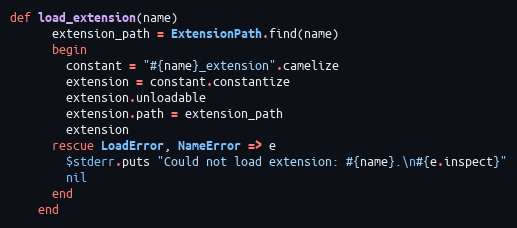
Language: Ruby
def load_extension(name)
      extension_path = ExtensionPath.find(name)
      begin
        constant = "#{name}_extension".camelize
        extension = constant.constantize
        extension.unloadable
        extension.path = extension_path
        extension
      rescue LoadError, NameError => e
        $stderr.puts "Could not load extension: #{name}.\n#{e.inspect}"
        nil
      end
    end